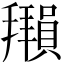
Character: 𫾖